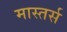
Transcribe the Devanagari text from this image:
मास्तर्स